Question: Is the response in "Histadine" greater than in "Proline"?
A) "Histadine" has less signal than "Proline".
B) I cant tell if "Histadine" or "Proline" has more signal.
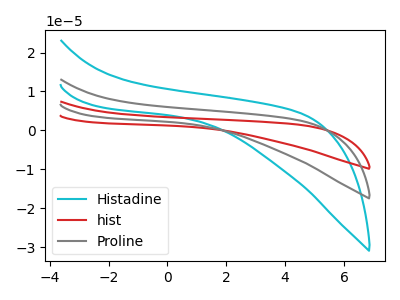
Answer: <think>The cyan curve "Histadine" has no peaks. The red curve "hist" has no peaks. The gray curve "Proline" has no peaks.
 Neither "Histadine" or "Proline" have any peaks.</think>
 <answer>B) I cant tell if "Histadine" or "Proline" has more signal.</answer>
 <eval>B</eval>